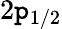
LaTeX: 2\mathtt{p}_{1/2}